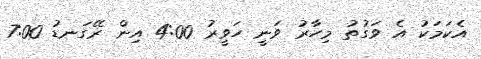
އެކަމަކު އެ ވަގުތު މިހާރު ވަނީ ހަވީރު 4:00 އިން ރޭގަނޑު 7:00